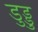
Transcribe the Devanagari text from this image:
डुड्डु